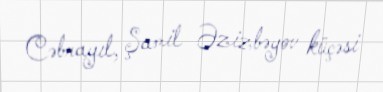
Cəbrayıl, Şamil Əzizbəyov küçəsi